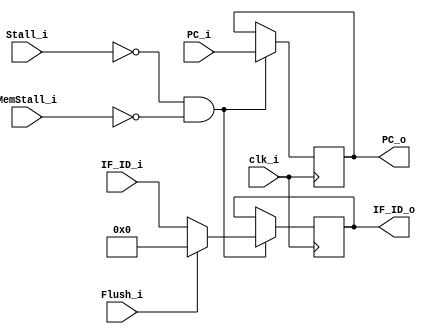
module IF_ID
(
    clk_i,
    IF_ID_i,
    Flush_i,
    Stall_i,
    PC_i,
    IF_ID_o,
    PC_o,
    MemStall_i
);

input clk_i;
input [31:0] IF_ID_i;
input Stall_i, MemStall_i;
input Flush_i;
input [31:0] PC_i;
output reg [31:0] PC_o;
output reg [31:0] IF_ID_o;

always@(posedge clk_i)  begin
  if(!Stall_i && !MemStall_i) begin
    IF_ID_o = (Flush_i)? 32'b0: IF_ID_i;
    PC_o = PC_i;
  end
end

endmodule